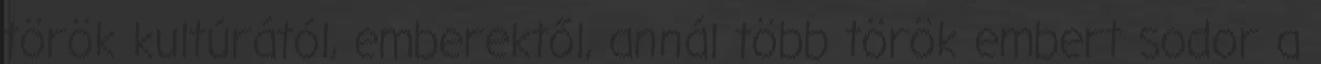
török kultúrától, emberektől, annál több török embert sodor a